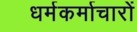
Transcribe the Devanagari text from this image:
धर्मकर्माचारों